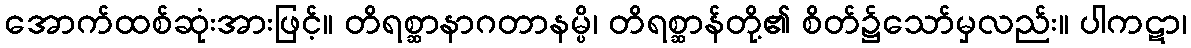
အောက်ထစ်ဆုံးအားဖြင့်။ တိရစ္ဆာနာဂတာနမ္ပိ၊ တိရစ္ဆာန်တို့၏ စိတ်၌သော်မှလည်း။ ပါကဋာ၊